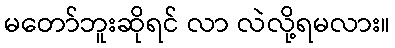
မတော်ဘူးဆိုရင် လာ လဲလို့ရမလား။